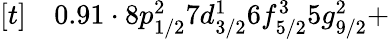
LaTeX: \begin{array}{rl}{[t]}&{{}0.91\cdot 8p_{1/2}^{2}7d_{3/2}^{1}6f_{5/2}^{3}5g_{9/2}^{2}+}\end{array}